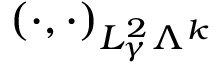
( \cdot , \cdot ) _ { L _ { \gamma } ^ { 2 } \Lambda ^ { k } }